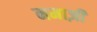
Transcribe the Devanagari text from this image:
नमाज़ी